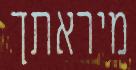
מיראתך